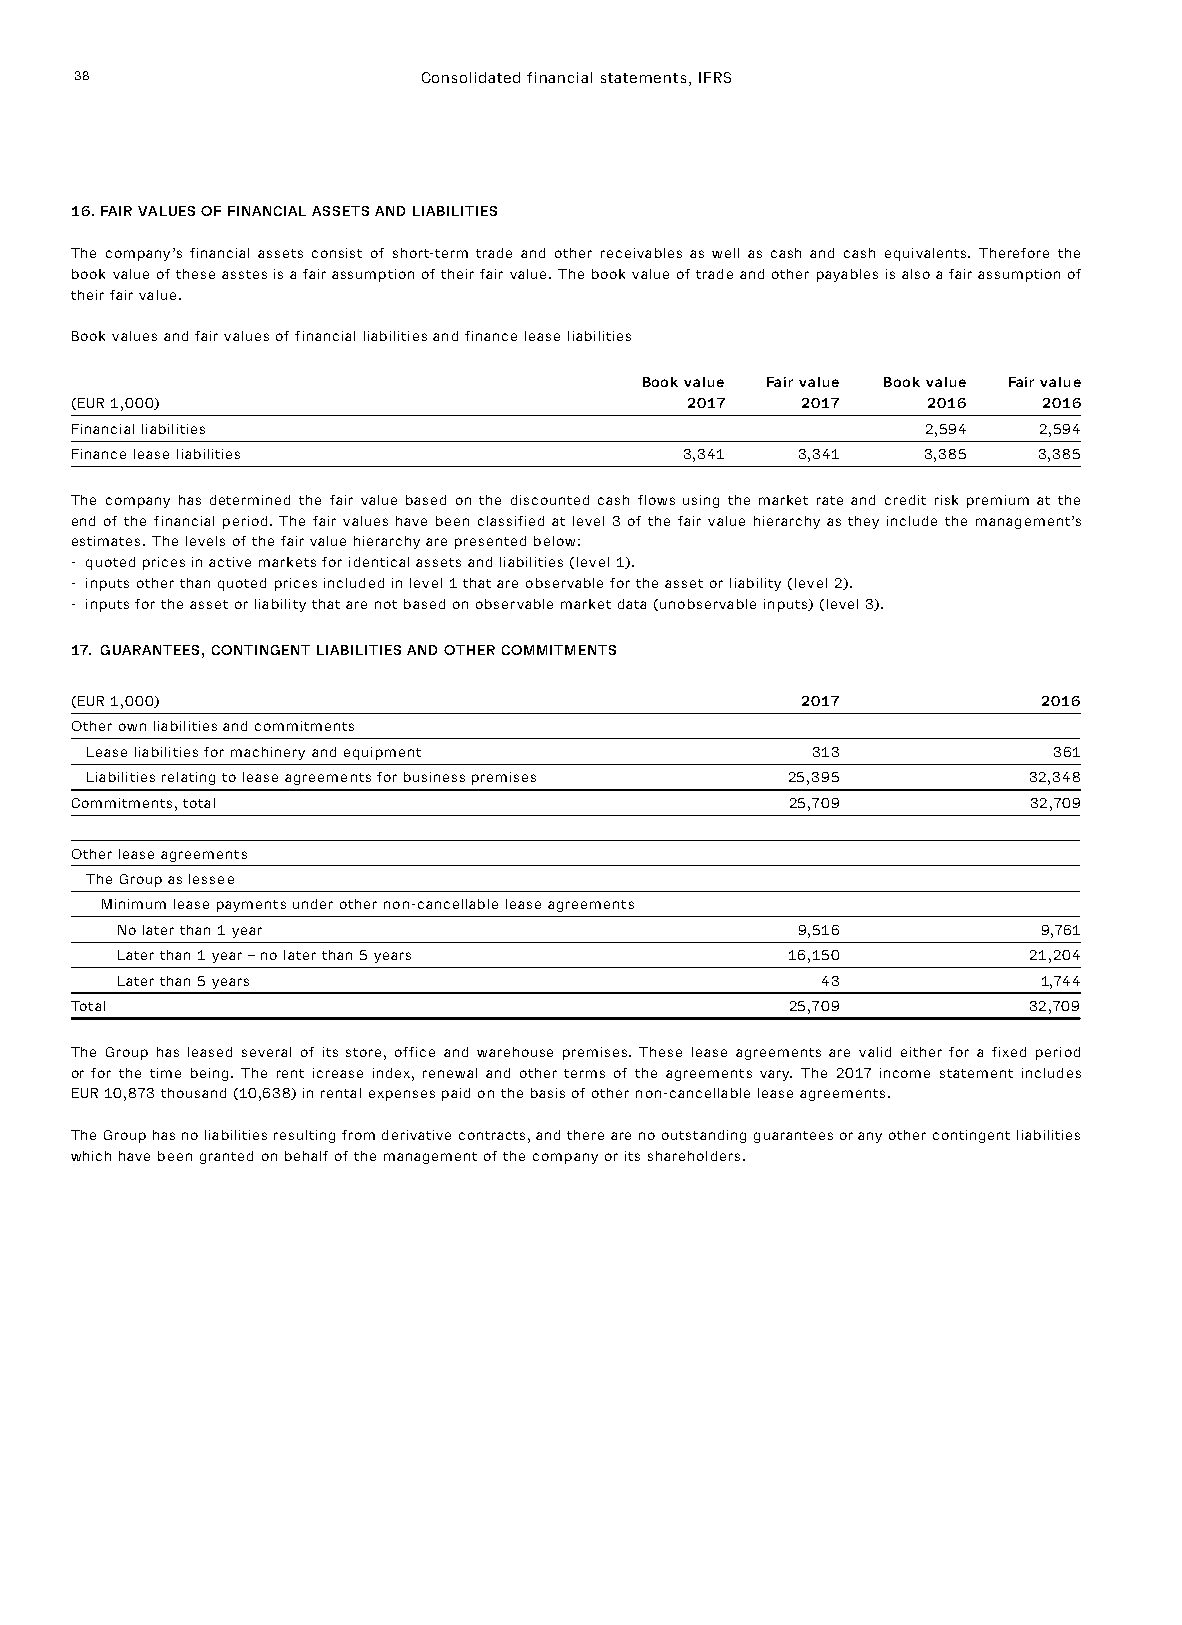
38                     Consolidated financial statements, IFRS
 16. FAIR VALUES OF FINANCIAL ASSETS AND LIABILITIES
 The company’s financial assets consist of short-term trade and other receivables as well as cash and cash equivalents. Therefore the
 book value of these asstes is a fair assumption of their fair value. The book value of trade and other payables is also a fair assumption of
 their fair value.
 Book values and fair values of financial liabilities and finance lease liabilities
 Book value Fair value Book value Fair value
 (EUR 1,000)                             2017    2017    2016    2016
 Financial liabilities                                   2,594   2,594
 Finance lease liabilities               3,341   3,341   3,385   3,385
 The company has determined the fair value based on the discounted cash flows using the market rate and credit risk premium at the
 end of the financial period. The fair values have been classified at level 3 of the fair value hierarchy as they include the management’s
 estimates. The levels of the fair value hierarchy are presented below:
 - quoted prices in active markets for identical assets and liabilities (level 1).
 - inputs other than quoted prices included in level 1 that are observable for the asset or liability (level 2).
 - inputs for the asset or liability that are not based on observable market data (unobservable inputs) (level 3).
 17. GUARANTEES, CONTINGENT LIABILITIES AND OTHER COMMITMENTS
 (EUR 1,000)                                     2017            2016
 Other own liabilities and commitments
 Lease liabilities for machinery and equipment   313             361
 Liabilities relating to lease agreements for business premises 25,395 32,348
 Commitments, total                             25,709          32,709
 Other lease agreements
 The Group as lessee
 Minimum lease payments under other non-cancellable lease agreements
 No later than 1 year                         9,516           9,761
 Later than 1 year – no later than 5 years   16,150          21,204
 Later than 5 years                            43             1,744
 Total                                          25,709          32,709
 The Group has leased several of its store, office and warehouse premises. These lease agreements are valid either for a fixed period
 or for the time being. The rent icrease index, renewal and other terms of the agreements vary. The 2017 income statement includes
 EUR 10,873 thousand (10,638) in rental expenses paid on the basis of other non-cancellable lease agreements.
 The Group has no liabilities resulting from derivative contracts, and there are no outstanding guarantees or any other contingent liabilities
 which have been granted on behalf of the management of the company or its shareholders.